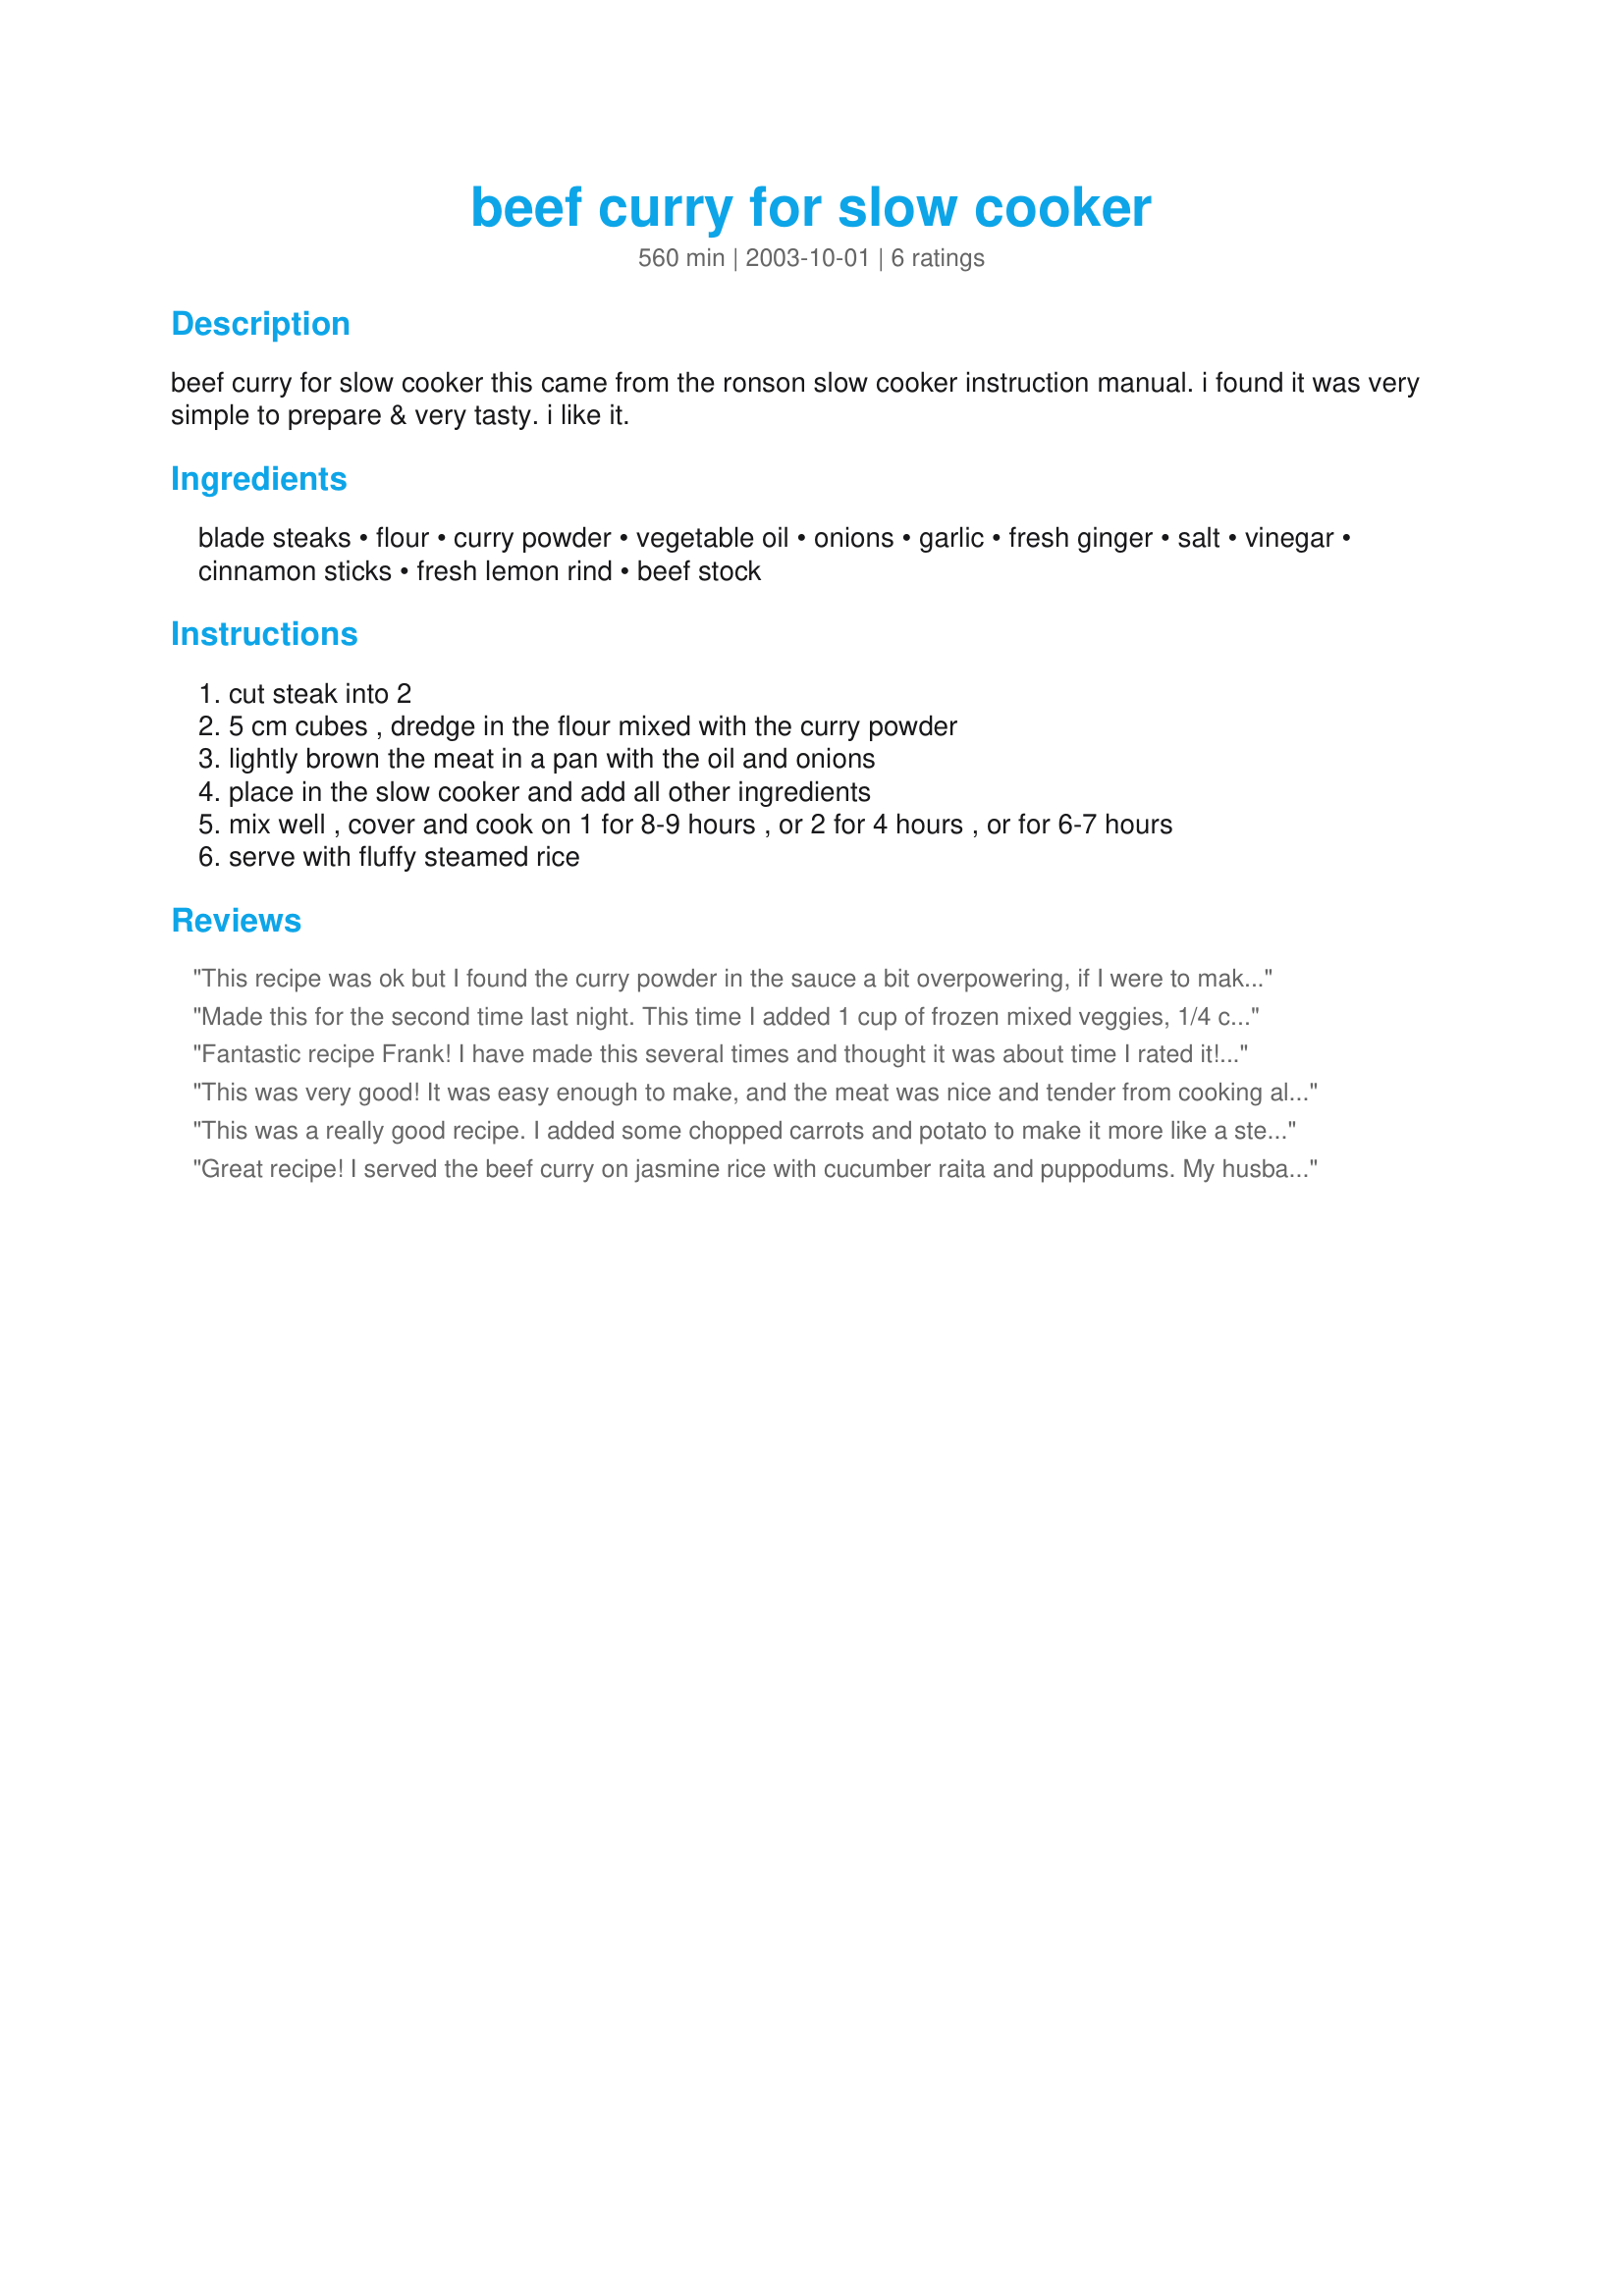
beef curry for slow cooker
Preparation time: 560 minutes

beef curry for slow cooker this came from the ronson slow cooker instruction manual. i found it was very simple to prepare & very tasty. i like it.

Ingredients:
blade steaks, flour, curry powder, vegetable oil, onions, garlic, fresh ginger, salt, vinegar, cinnamon sticks, fresh lemon rind, beef stock

Steps:
cut steak into 2
5 cm cubes , dredge in the flour mixed with the curry powder
lightly brown the meat in a pan with the oil and onions
place in the slow cooker and add all other ingredients
mix well , cover and cook on 1 for 8-9 hours , or 2 for 4 hours , or for 6-7 hours
serve with fluffy steamed rice

Reviews:
This recipe was ok but I found the curry powder in the sauce a bit overpowering, if I were to make it again I would half the curry powder and maybe add some yogurt at the end.
Made this for the second time last night. This time I added 1 cup of frozen mixed veggies, 1/4 cup chopped dried apples, 1/4 cup of raisins and an extra cup of stock. It was a whole meal served with rice. The taste was terrific.
Fantastic recipe Frank! I have made this several times and thought it was about time I rated it! The flavours are wonderful in this curry and not at all overpowering. I always half the recipe and it always turns out delicious. Definitely a keeper, so thanks a bunch for posting mate!
This was very good! It was easy enough to make, and the meat was nice and tender from cooking all day. It tasted great over rice. We will make this again!
This was a really good recipe. I added some chopped carrots and potato to make it more like a stew. It had just the right amount of curry flavor. Will definitely be making this again.
Great recipe! I served the beef curry on jasmine rice with cucumber raita and puppodums. My husband loved it so I will definitely be making your recipe again.
